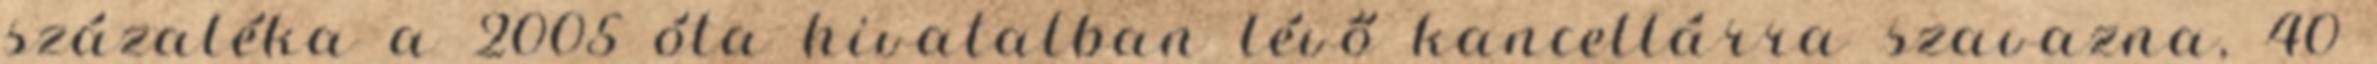
százaléka a 2005 óta hivatalban lévő kancellárra szavazna, 40